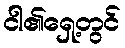
ငါ၏ရှေ့တွင်